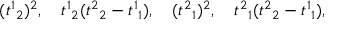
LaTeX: ( { t ^ { 1 } } _ { 2 } ) ^ { 2 } , \quad { t ^ { 1 } } _ { 2 } ( { t ^ { 2 } } _ { 2 } - { t ^ { 1 } } _ { 1 } ) , \quad ( { t ^ { 2 } } _ { 1 } ) ^ { 2 } , \quad { t ^ { 2 } } _ { 1 } ( { t ^ { 2 } } _ { 2 } - { t ^ { 1 } } _ { 1 } ) ,